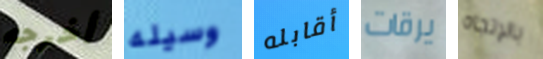
أخرجه وسيله أقابله يرقات بالإتجاه